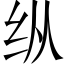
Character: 纵